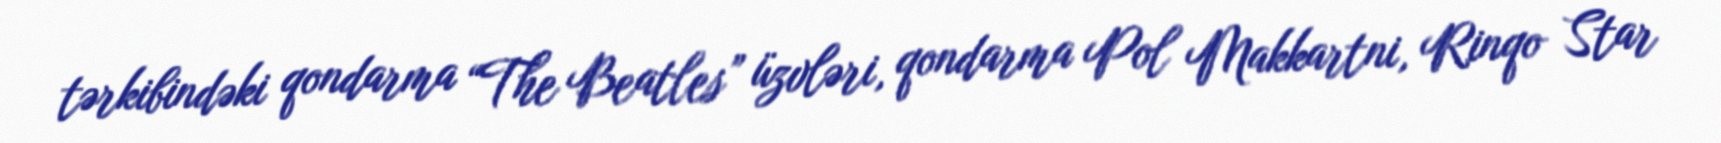
tərkibindəki qondarma “The Beatles” üzvləri, qondarma Pol Makkartni, Rinqo Star